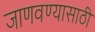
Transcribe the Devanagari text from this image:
जाणवण्यासाठी